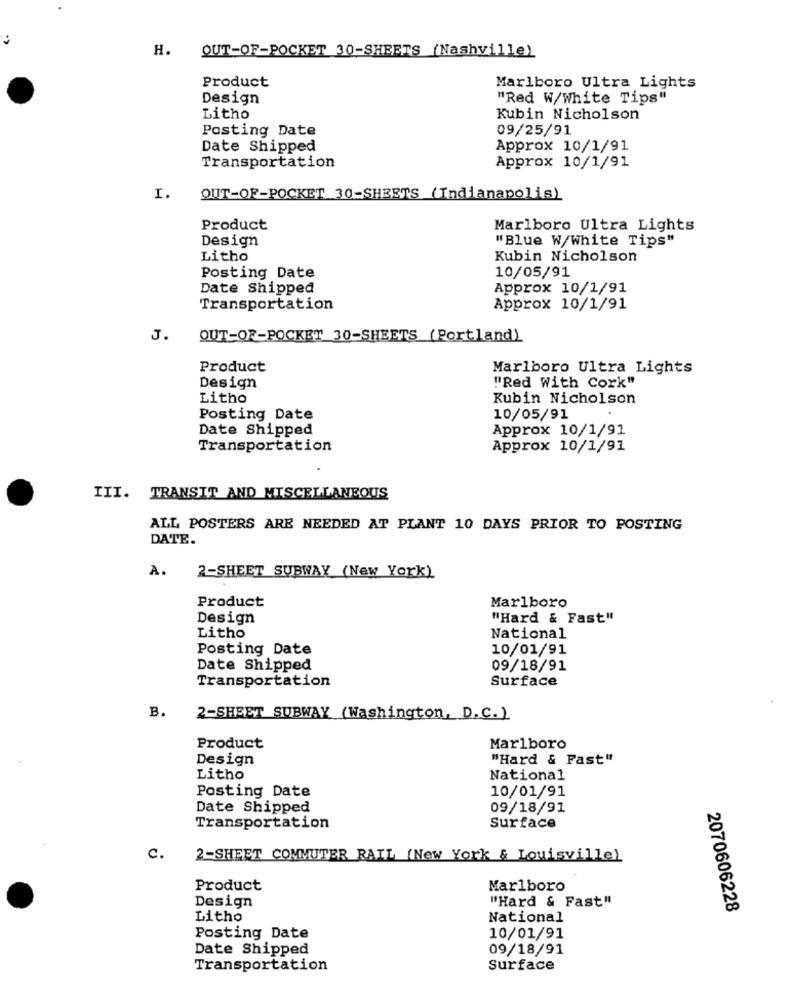
H. OUT-OF-POCKET 30-SHEETS (Nashville)
Product
Marlboro Ultra Lights
Design
"Red W/White Tips"
Litho
Kubin Nicholson
Posting Date
09/25/91
Date Shipped
Approx 10/1/91
Transportation
Approx 10/1/91
I.
OUT-OF-POCKET 30-SHEETS (Indianapolis)
Product
Marlboro Ultra Lights
Design
"Blue W/White Tips"
Litho
Kubin Nicholson
10/05/91
Posting Date
Date Shipped
Approx 10/1/91
Transportation
Approx 10/1/91
J.
OUT-OF-POCKET 30-SHEETS (Portland)
Product
Marlboro Ultra Lights
Design
"Red With Cork"
Litho
Kubin Nicholson
Posting Date
10/05/91
Date Shipped
Approx 10/1/91
Transportation
Approx 10/1/91
III. TRANSIT AND MISCELLANEOUS
ALL POSTERS ARE NEEDED AT PLANT 10 DAYS PRIOR TO POSTING
DATE.
A.
2-SHEET SUBWAY (New York)
Product
Marlboro
Design
"Hard & Fast"
Litho
National
Posting Date
10/01/91
Date Shipped
09/18/91
Transportation
Surface
B.
2-SHEET SUBWAY (Washington, D.C.)
Product
Marlboro
Design
"Hard & Fast"
Litho
National
Posting Date
10/01/91
Date Shipped
09/18/91
Transportation
Surface
c.
2-SHEET COMMUTER RAIL (New York & Louisville)
Product
Marlboro
Design
"Hard & Fast"
2070606228
Litho
National
Posting Date
10/01/91
Date Shipped
09/18/91
Transportation
Surface